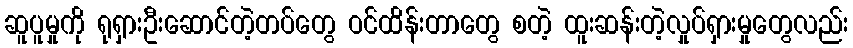
ဆူပူမှုကို ရုရှားဦးဆောင်တဲ့တပ်တွေ ဝင်ထိန်းတာတွေ စတဲ့ ထူးဆန်းတဲ့လှုပ်ရှားမှုတွေလည်း